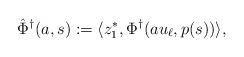
LaTeX: \begin{align*}\hat \Phi^\dagger(a,s) := \langle z_1^*, \Phi^\dagger(au_\ell, p(s))\rangle,\end{align*}